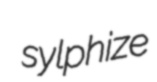
sylphize